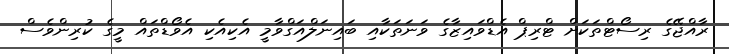
ރާއްޖޭގެ ރިސޯޓްތަކަށް ޓްރިޕް އެޑްވައިޒާގެ ވަނަތަކާއި ބައިނަލްއަގްވާމީ އެކިއެކި އެވޯޑްތައް މީގެ ކުރިންވެސް